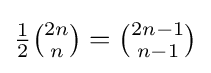
\textstyle {\frac {1}{2}}{2n \choose n}={2n-1 \choose n-1}